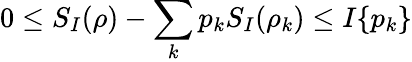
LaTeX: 0\le S_{I}(\rho)-\sum_{k}p_{k}S_{I}(\rho_{k})\le I\{ p_{k}\}